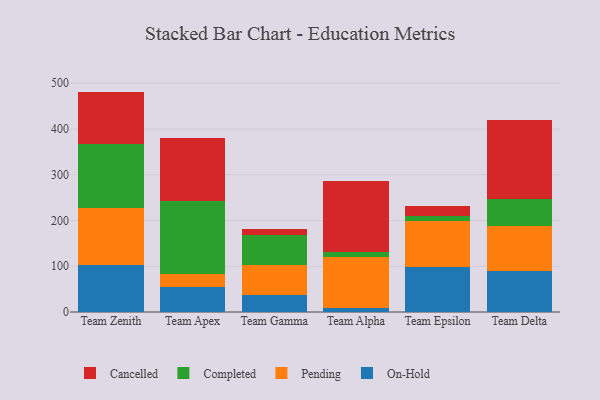
{"axis": {"x": "Team", "y": "Population (Million)"}, "legend": ["Cancelled", "Completed", "On-Hold", "Pending"], "data": [{"x": "Team Zenith", "y": 102.8, "type": "On-Hold"}, {"x": "Team Zenith", "y": 125.4, "type": "Pending"}, {"x": "Team Zenith", "y": 140.0, "type": "Completed"}, {"x": "Team Zenith", "y": 113.6, "type": "Cancelled"}, {"x": "Team Apex", "y": 55.1, "type": "On-Hold"}, {"x": "Team Apex", "y": 29.0, "type": "Pending"}, {"x": "Team Apex", "y": 158.8, "type": "Completed"}, {"x": "Team Apex", "y": 137.9, "type": "Cancelled"}, {"x": "Team Gamma", "y": 36.9, "type": "On-Hold"}, {"x": "Team Gamma", "y": 66.3, "type": "Pending"}, {"x": "Team Gamma", "y": 65.2, "type": "Completed"}, {"x": "Team Gamma", "y": 12.8, "type": "Cancelled"}, {"x": "Team Alpha", "y": 9.5, "type": "On-Hold"}, {"x": "Team Alpha", "y": 110.3, "type": "Pending"}, {"x": "Team Alpha", "y": 10.5, "type": "Completed"}, {"x": "Team Alpha", "y": 155.7, "type": "Cancelled"}, {"x": "Team Epsilon", "y": 98.9, "type": "On-Hold"}, {"x": "Team Epsilon", "y": 100.4, "type": "Pending"}, {"x": "Team Epsilon", "y": 10.3, "type": "Completed"}, {"x": "Team Epsilon", "y": 21.1, "type": "Cancelled"}, {"x": "Team Delta", "y": 89.9, "type": "On-Hold"}, {"x": "Team Delta", "y": 98.8, "type": "Pending"}, {"x": "Team Delta", "y": 57.3, "type": "Completed"}, {"x": "Team Delta", "y": 174.2, "type": "Cancelled"}]}